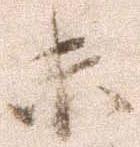
未